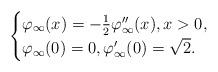
LaTeX: \begin{align*}\begin{cases}\varphi_{\infty}(x)=-\frac{1}{2}\varphi_{\infty}^{\prime\prime}(x), x>0,\\\varphi_{\infty}(0)=0,\varphi_{\infty}^\prime(0)=\sqrt{2}.\end{cases}\end{align*}